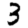
Digit: 3